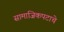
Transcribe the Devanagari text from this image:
सामाजिकपटाचे